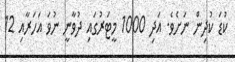
ކުޑަ ކުދިން ނަށެވެ. އަދި 1000 މީޓަރުގައި ދުވާނީ ނުވަ އަހަރާއި 12